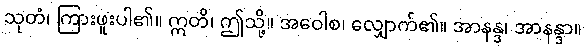
သုတံ၊ ကြားဖူးပါ၏။ ဣတိ၊ ဤသို့။ အဝေါစ၊ လျှောက်၏။ အာနန္ဒ၊ အာနန္ဒာ။